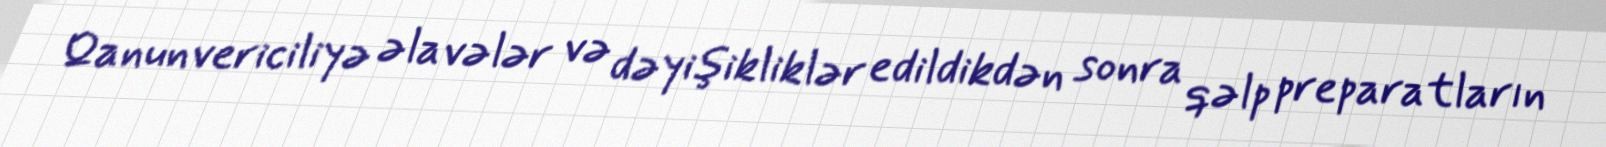
Qanunvericiliyə əlavələr və dəyişikliklər edildikdən sonra qəlp preparatların